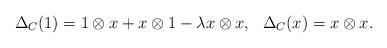
LaTeX: \begin{align*} \Delta_C(1) = 1\otimes x + x\otimes 1 -\lambda x\otimes x, \ \ \Delta_C(x) = x \otimes x. \end{align*}